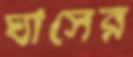
ঘাসের